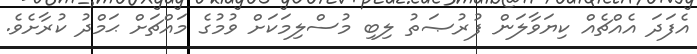
އެފަދަ އެއްޗެއް ކިޔަވާލަން ފުރުޞަތު ލިބި މުސްލިމަކަށް ވުމުގެ މައްޗަށް ޙަމްދު ކުރާށެވެ.